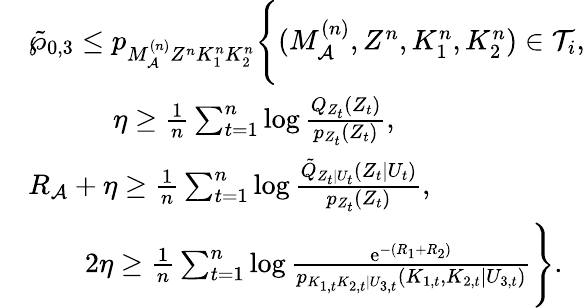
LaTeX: \begin{array}{rl}&{\tilde{\wp}_{0,3}\leq p_{M_{\cal A}^{(n)}Z^{n}K_{1}^{n}K_{2}^{n}}\Biggl\{ (M_{\cal A}^{(n)},Z^{n},K_{1}^{n},K_{2}^{n})\in{\cal T}_{i},}\\ &{\qquad\quad\eta\geq\frac{1}{n}\sum_{t=1}^{n}\log\frac{Q_{{Z}_{t}}(Z_{t})}{p_{Z_{t}}(Z_{t})},}\\ &{R_{\cal A}+\eta\geq\frac{1}{n}\sum_{t=1}^{n}\log\frac{\tilde{Q}_{Z_{t}|U_{t}}(Z_{t}|U_{t})}{p_{Z_{t}}(Z_{t})},}\\ &{\qquad 2\eta\geq\frac{1}{n}\sum_{t=1}^{n}\log\frac{\mathrm{e}^{-(R_{1}+R_{2})}}{p_{K_{1,t}K_{2,t}|U_{3,t}}(K_{1,t},K_{2,t}|U_{3,t})}\Biggr\} .}\end{array}